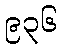
၉၃၆